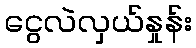
ငွေလဲလှယ်နှုန်း